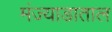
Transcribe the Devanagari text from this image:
मंज्याडाताल